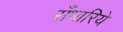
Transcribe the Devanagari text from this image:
सँभारिये